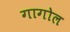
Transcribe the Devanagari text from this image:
गागोल